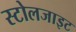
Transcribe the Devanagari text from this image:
स्टोलजाइट